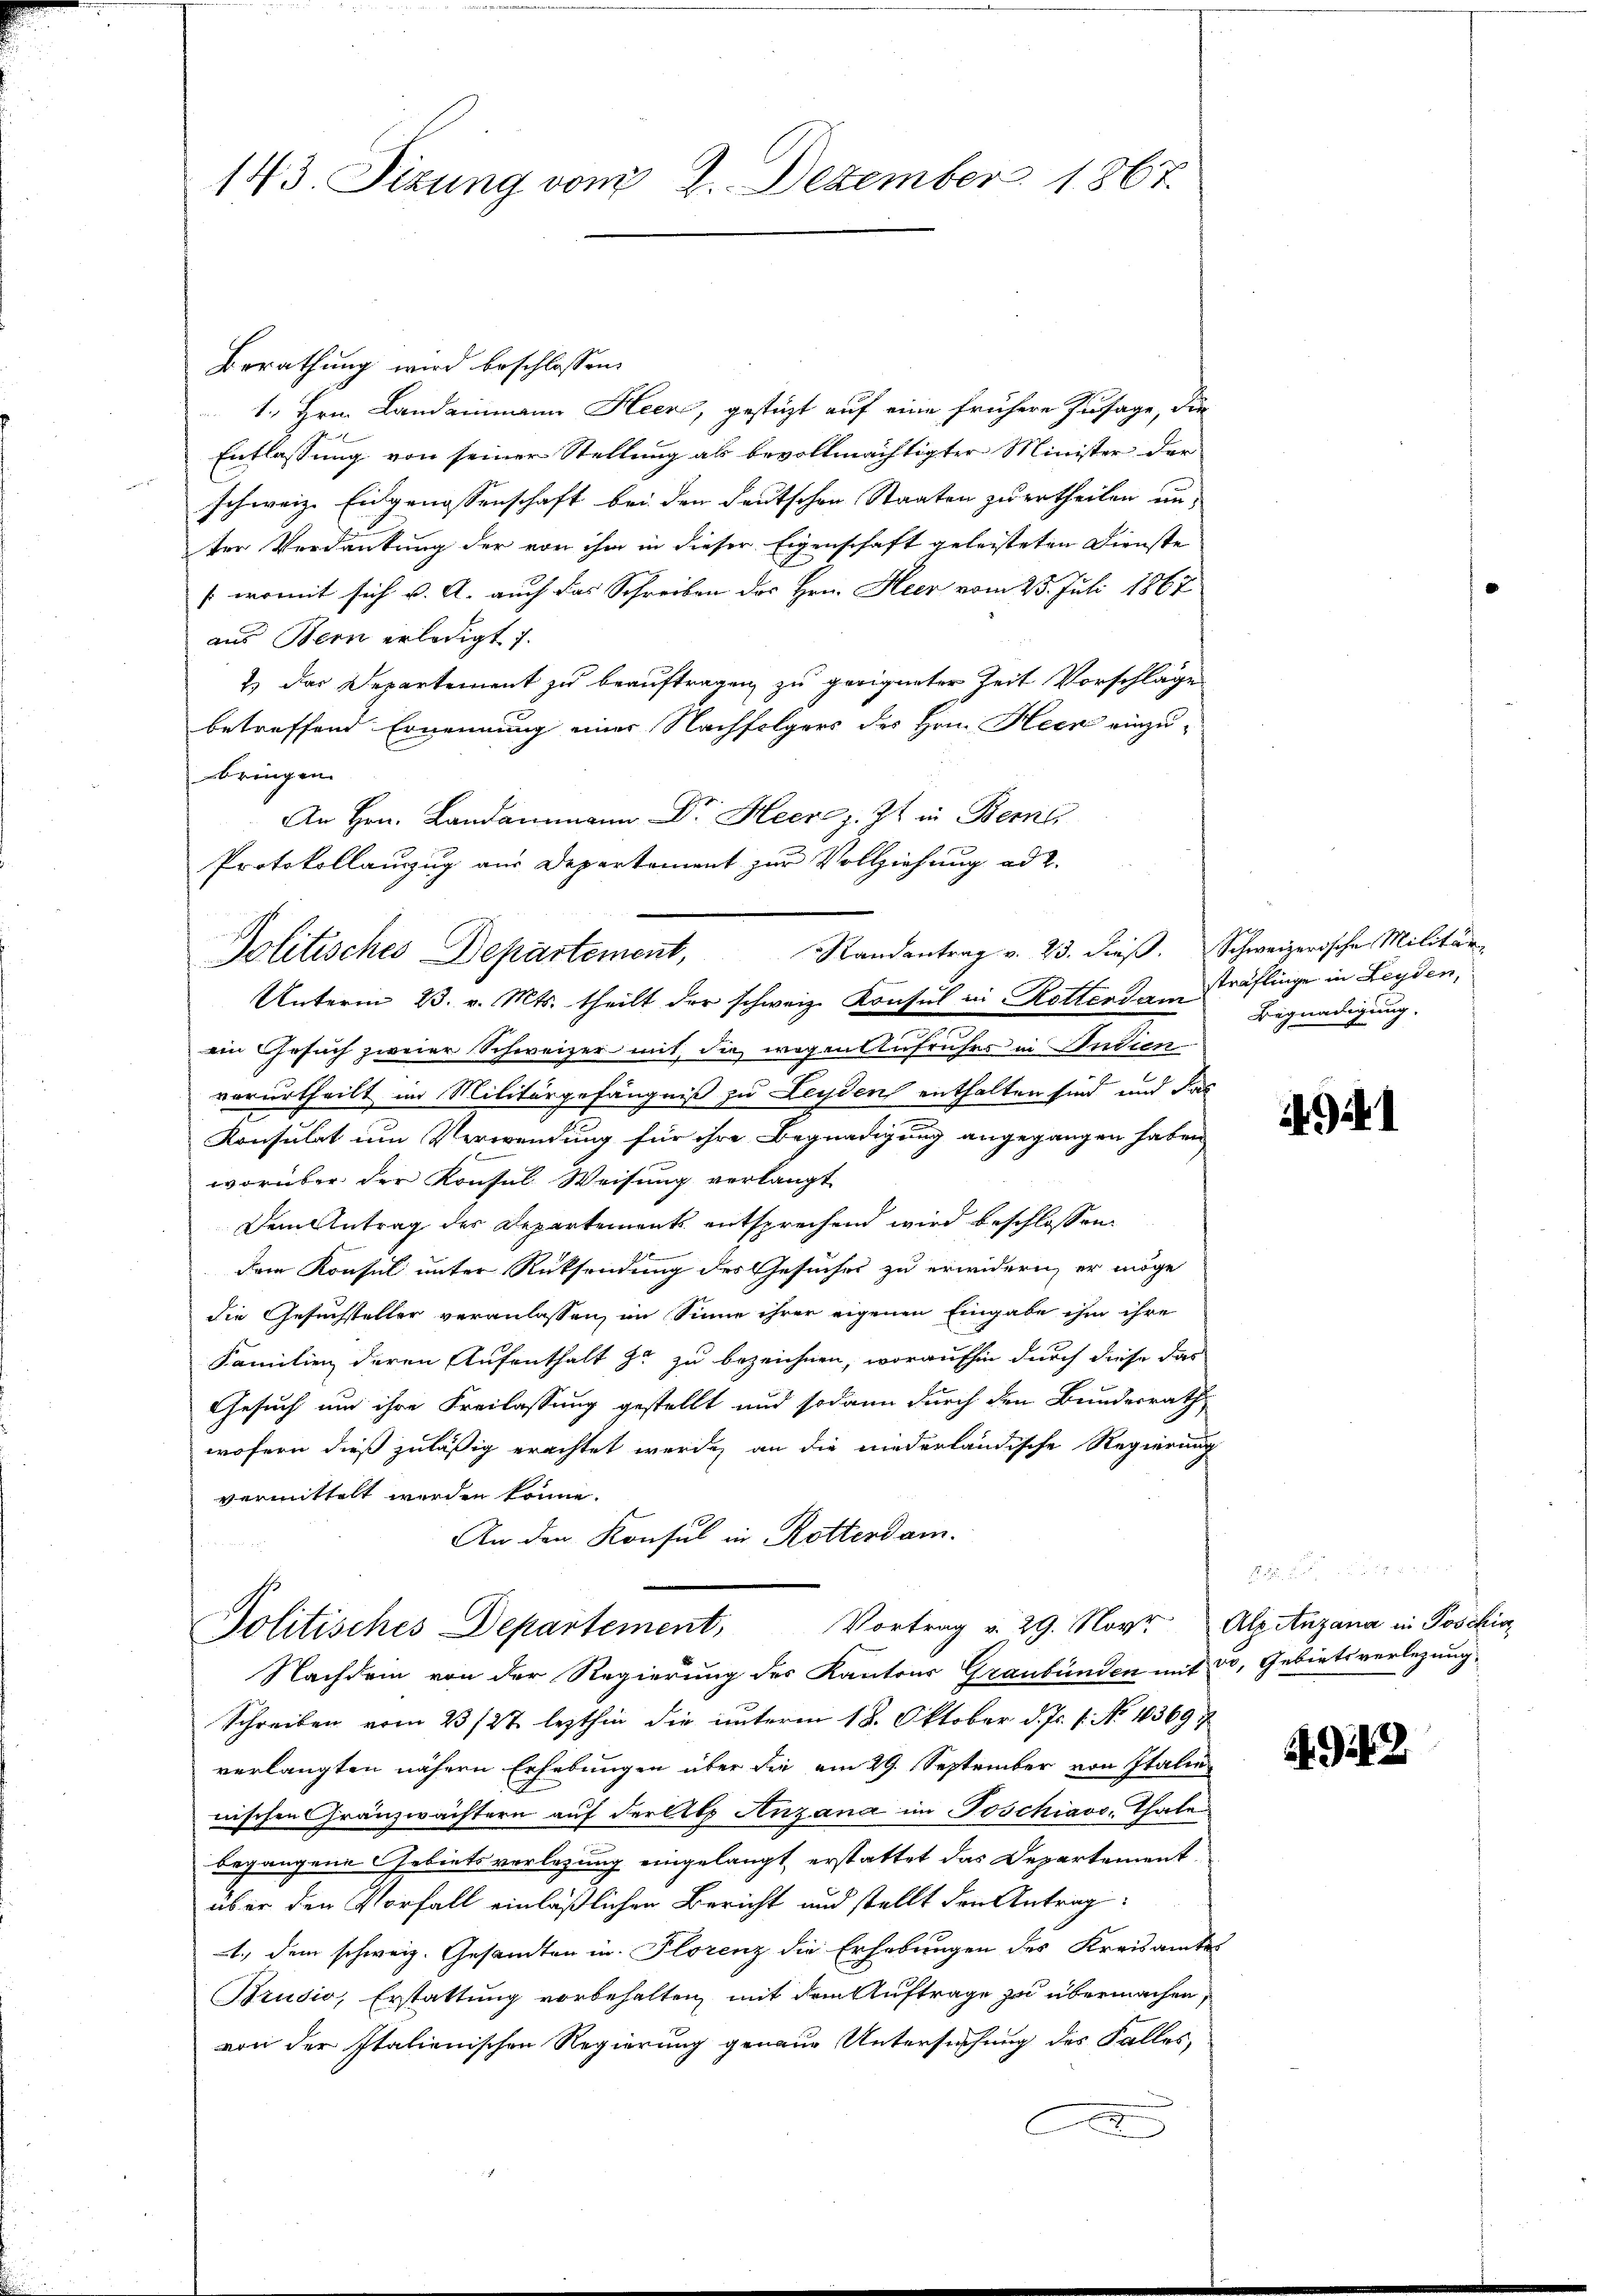
143. Sizung vom 2. Dezember 1867.

Berathung wird beschlossen:
1., Hrn. Land einmann Heere, gestüzt auf eine frühere Zusage, die
Entlassung von seiner Stellung ab bevollmächtigter Minister der
schweiz. Eidgenossenschaft bei den deutschen Staaten zu ertheilen un
ter Verdankung der von ihm in dieser Eigenschaft geleisteten Dienste
(womit sich v. A. auch das Schreiben des Hrn. Heer vom 25. Juli 1867
aus Bern erledigt u.
1 das Departement zu beauftragen, zu geeigneter Zeit Vorschläge
betreffend Ernennung einer Nachfolgers des Hrn. Heck einzu-
bringen.
An Hrn. Landammann Dr. Heere z. Zt. in Berne
Protokollauszug aus Departement zur Vollziehung ad 2.
Randantrag v. 23. dieß. Schweizerische Militär-
Politisches Departement,
Unterm 23. v. Mts. theilt der schweiz. Konsul in Rotterdam
e
ein Gesuch zweier Schweizer mit, die wegen Aufruhrs in Indien
vorurtheilt im Militärgefängniß zu Leyden enthalten sind, und das
Konsulat um Verwendung für ihre Begnadigung angegangen haben
worüber der Konsul Weisung verlangt
Dem Antrag der Departements entsprechend wird beschlossen
dem Konsul unter Rücksendung des Gesuches zu erwidern, er möge
die Gesuchsteller veranlassen, im Sinne ihrer eigenen Eingabe ihm ihre
Familien deren Aufenthalt zu zu bezeichnen, woraufhin durch diese das
Gesuch um ihre Freilassung gestellt und sodann durch den Bundesrath
wofern dieß zuläßig erachtet werde, an die niederländische Regierung
vermittelt werden könne.
An den Konsul in Rotterdam.
Politisches Departement, Vortrag v. 29. Novr. Alzitnzana in Poschin
Nachdem von der Regierung des Kantons Graubünden mit 50, Gebietsverlegung,
Schreiben vom 23/27 lezthin die unterm 18. Oktober d. Js. 1. No 1369
verlangten nähern Erhebungen über die am 29. September von Italie
nischen Gränzwächtern auf der Abg Anzana im Poschiavo, Thale
begangene Gebiets verlegung eingelangt, erstattet das Departement
über den Vorfall einläßlichen Bericht und stellt den Antrag
1., dem schweiz. Gesandten in Florenz die Erhebungen des Kreisamtes
Brusio, Erstattung vorbehalten, mit dem Auftrage zu übermachen,
von der Italienischen Regierung genaue Untersuchung des Falles,
d

sträflinge in Leyden,
Begnadigung.

. 942